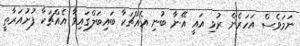
ނަމަވެސް އަހަރެން ރުޅި އައީ އޭނާ ބުނި އެއްޗަކާ ބައިބަލްގައިވާ އެއްޗަކާ ފުށުއަރާތީ